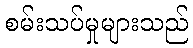
စမ်းသပ်မှုများသည်